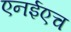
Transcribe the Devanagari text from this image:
एनईएच